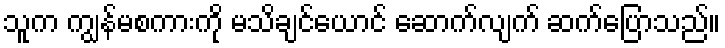
သူက ကျွန်မစကားကို မသိချင်ယောင် ဆောက်လျက် ဆက်ပြောသည်။